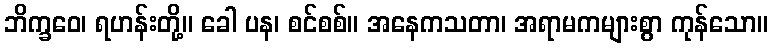
ဘိက္ခဝေ၊ ရဟန်းတို့။ ခေါ ပန၊ စင်စစ်။ အနေကသတာ၊ အရာမကများစွာ ကုန်သော။